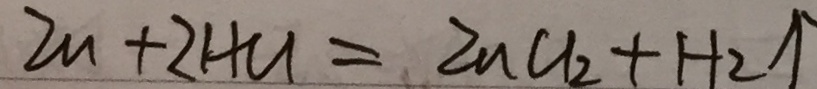
Z n + 2 H C l = Z n C l _ { 2 } + H _ { 2 } \uparrow